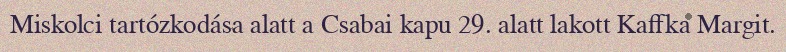
Miskolci tartózkodása alatt a Csabai kapu 29. alatt lakott Kaffka Margit.